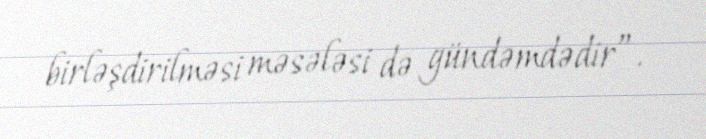
birləşdirilməsi məsələsi də gündəmdədir”.